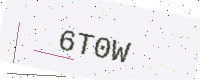
Text: 6T0W